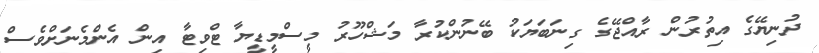
ދުނިޔޭގެ އިތުރުން ރާއްޖޭގެ ގިނަބަޔަކު ބޭނުންކުރާ މަޝްހޫރު މީސްމީޑީޔާ ޓްވިޓާ އިން އެންމެނަށްވެސް